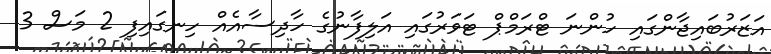
އަޒަރުބައިޖާންގައި ހުންނަ ޓްރަމްޕް ޓަވަރުގައި އަލިފާނުގެ ހާދިސާއެއް ހިނގައިފި 2 މަސް 3